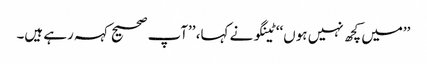
’’میں کچھ نہیں ہوں‘‘ ٹینگو نے کہا، ’’آپ صحیح کہہ رہے ہیں۔